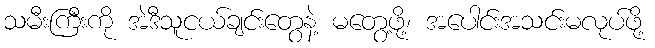
သမီးကြီးကို အဲဒီသူငယ်ချင်းတွေနဲ့ မတွေ့ဖို့၊ အပေါင်းအသင်းမလုပ်ဖို့